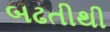
બઢતીથી